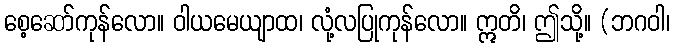
စေ့ဆော်ကုန်လော။ ဝါယမေယျာထ၊ လုံ့လပြုကုန်လော။ ဣတိ၊ ဤသို့။ (ဘဂဝါ၊